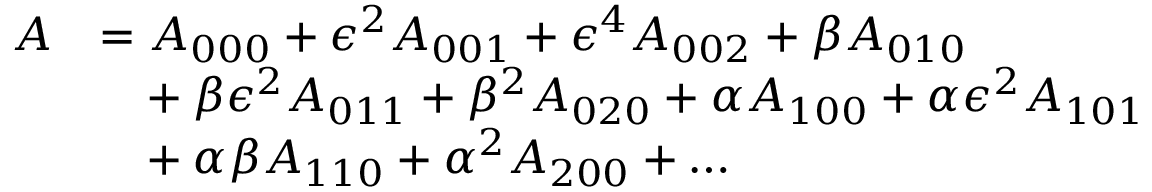
\begin{array} { r l } { A } & { = A _ { 0 0 0 } + \epsilon ^ { 2 } A _ { 0 0 1 } + \epsilon ^ { 4 } A _ { 0 0 2 } + \beta A _ { 0 1 0 } } \\ & { \hphantom { = } + \beta \epsilon ^ { 2 } A _ { 0 1 1 } + \beta ^ { 2 } A _ { 0 2 0 } + \alpha A _ { 1 0 0 } + \alpha \epsilon ^ { 2 } A _ { 1 0 1 } } \\ & { \hphantom { = } + \alpha \beta A _ { 1 1 0 } + \alpha ^ { 2 } A _ { 2 0 0 } + \ldots } \end{array}